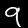
Digit: 9